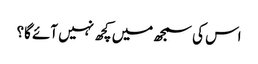
اس کی سمجھ میں کچھ نہیں آئے گا؟